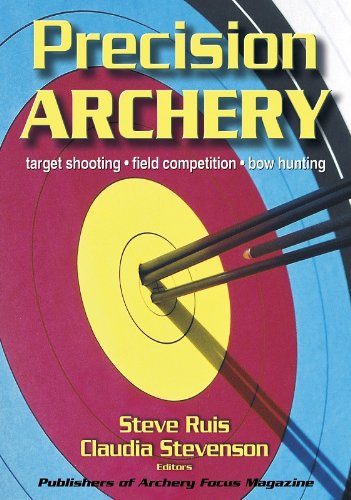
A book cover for Precision Archery; Steve Ruis; Sports & Outdoors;